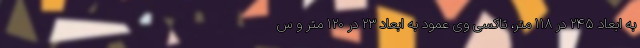
به ابعاد ۲۴۵ در ۱۱۸ متر، تاکسی وی عمود به ابعاد ۲۳ در ۱۲۰ متر و س